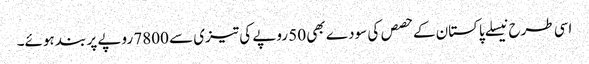
اسی طرح نیسلے پاکستان کے حصص کی سودے بھی 50 روپے کی تیزی سے 7800 روپے پر بند ہوئے۔